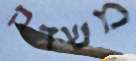
משדה